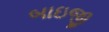
બાઇજી